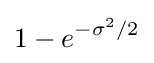
1-e^{-\sigma ^{2}/2}